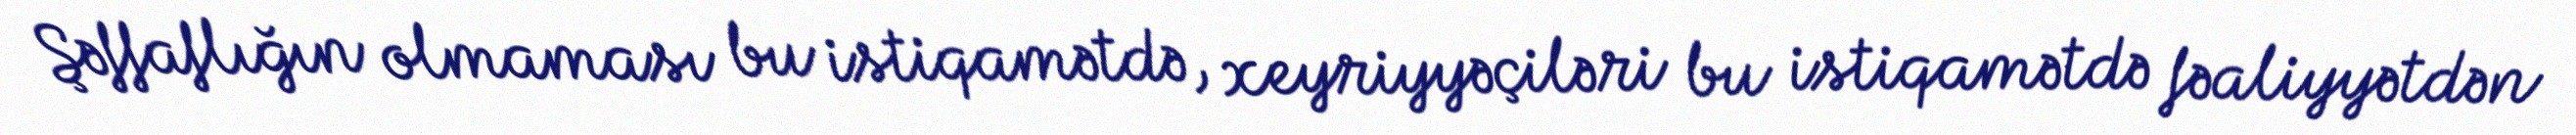
Şəffaflığın olmaması bu istiqamətdə, xeyriyyəçiləri bu istiqamətdə fəaliyyətdən